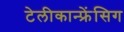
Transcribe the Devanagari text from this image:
टेलीकान्फ्रेंसिग